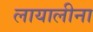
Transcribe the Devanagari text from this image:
लायालीना